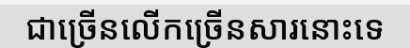
ជាច្រើនលើកច្រើនសារនោះទេ